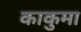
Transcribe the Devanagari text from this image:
काकुमा